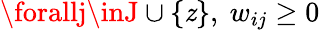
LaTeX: \forallj\inJ\cup\{ \mathit{z}\} ,\ w_{ij}\geq0